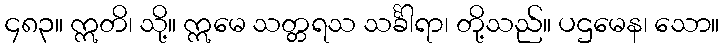
၄၈၃။ ဣတိ၊ သို့။ ဣမေ သတ္တရသ သင်္ခါရာ၊ တို့သည်။ ပဌမေန၊ သော။